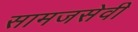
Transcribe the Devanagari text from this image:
सामजसेवी